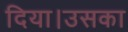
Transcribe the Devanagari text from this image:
दिया।उसका